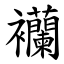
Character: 襽